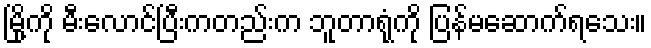
မြို့ကို မီးလောင်ပြီးကတည်းက ဘူတာရုံကို ပြန်မဆောက်ရသေး။